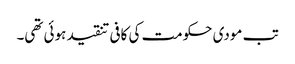
تب مودی حکومت کی کافی تنقید ہوئی تھی۔